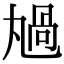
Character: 𠷏